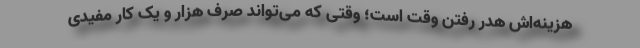
هزینه‌اش هدر رفتن وقت است؛ وقتی که می‌تواند صرف هزار و یک کار مفیدی